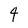
Character: 4